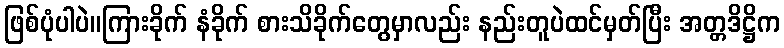
ဖြစ်ပုံပါပဲ။ကြားခိုက် နံခိုက် စားသိခိုက်တွေမှာလည်း နည်းတူပဲထင်မှတ်ပြီး အတ္တဒိဋ္ဌိက